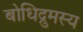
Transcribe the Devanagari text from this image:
बोधिद्रुमस्य